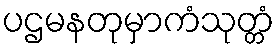
ပဌမနတုမှာကံသုတ္တံ